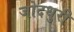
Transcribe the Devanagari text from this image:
जोदधुरी